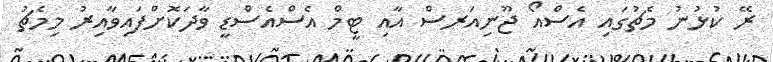
ރޭ ކުޅުނު މެޗުގައި އެސްއޯ ޖޫނިއަރސް އާއި ޓީމް އެސްއެސްޑީ ވާދަކޮށްފައިވާއިރު މިމެޗު